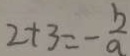
2 + 3 = - \frac { b } { a }